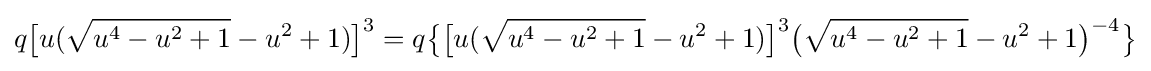
q{\bigl [}u({\sqrt {u^{4}-u^{2}+1}}-u^{2}+1){\bigr ]}^{3}=q{\bigl \{}{\bigl [}u({\sqrt {u^{4}-u^{2}+1}}-u^{2}+1){\bigr ]}^{3}{\bigl (}{\sqrt {u^{4}-u^{2}+1}}-u^{2}+1{\bigr )}^{-4}{\bigr \}}